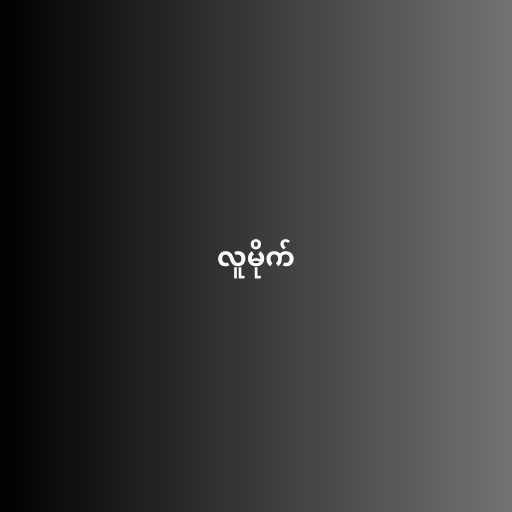
လူမိုက်